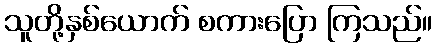
သူတို့နှစ်ယောက် စကားပြော ကြသည်။